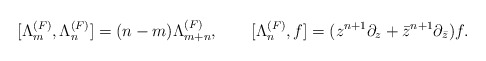
\begin{align*}[\Lambda_m^{(F)},\Lambda_n^{(F)}]=(n-m)\Lambda_{m+n}^{(F)}, \qquad [\Lambda_n^{(F)},f]=(z^{n+1}\partial_z+{\bar z}^{n+1}\partial_{\bar z})f. \end{align*}